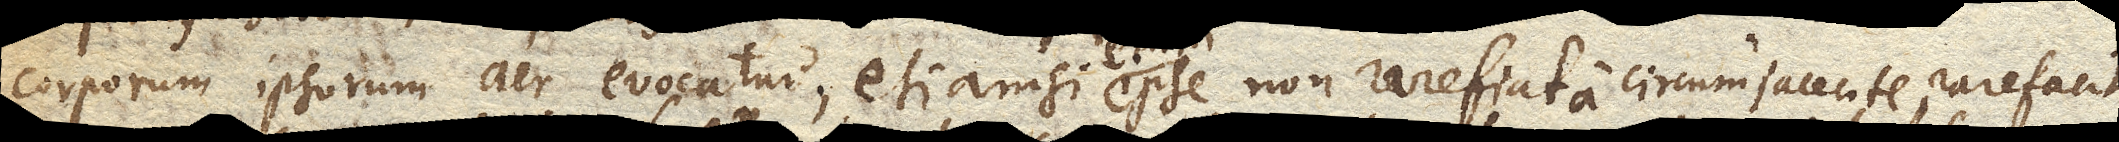
corporum ipsorum aer evocatur, etiamsi ipse non rarefiat a circumjacente, rarefacit tamen ipse sese.